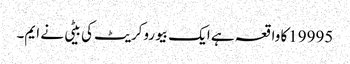
19995کا واقعہ ہے ایک بیوروکریٹ کی بیٹی نے ایم۔